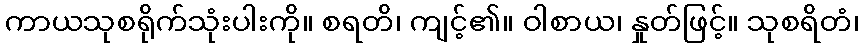
ကာယသုစရိုက်သုံးပါးကို။ စရတိ၊ ကျင့်၏။ ဝါစာယ၊ နှုတ်ဖြင့်။ သုစရိတံ၊